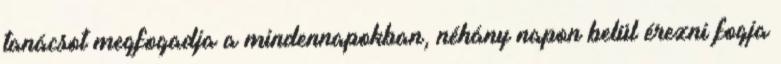
tanácsot megfogadja a mindennapokban, néhány napon belül érezni fogja